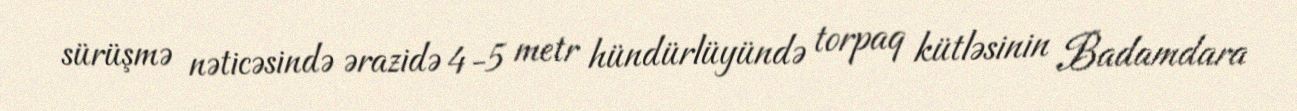
sürüşmə nəticəsində ərazidə 4-5 metr hündürlüyündə torpaq kütləsinin Badamdara